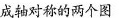
成轴对称的两个图